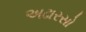
અઢારસો